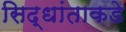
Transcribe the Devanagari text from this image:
सिद्धांताकडे